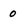
Character: 0